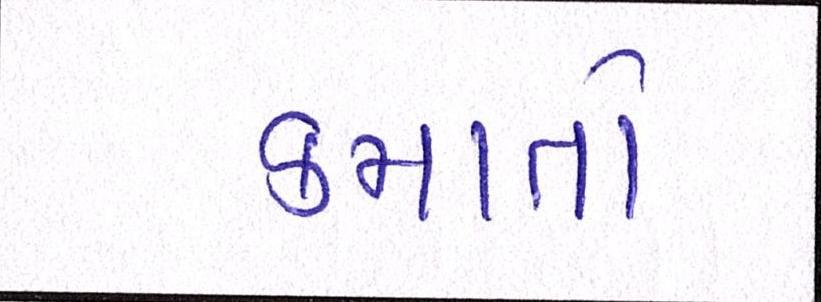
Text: કમાતો